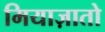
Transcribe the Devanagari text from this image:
मियाज़ातो